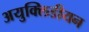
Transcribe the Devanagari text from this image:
अयुक्लिडीयन